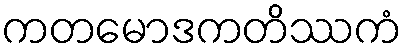
ကတမောဒကတိဿကံ